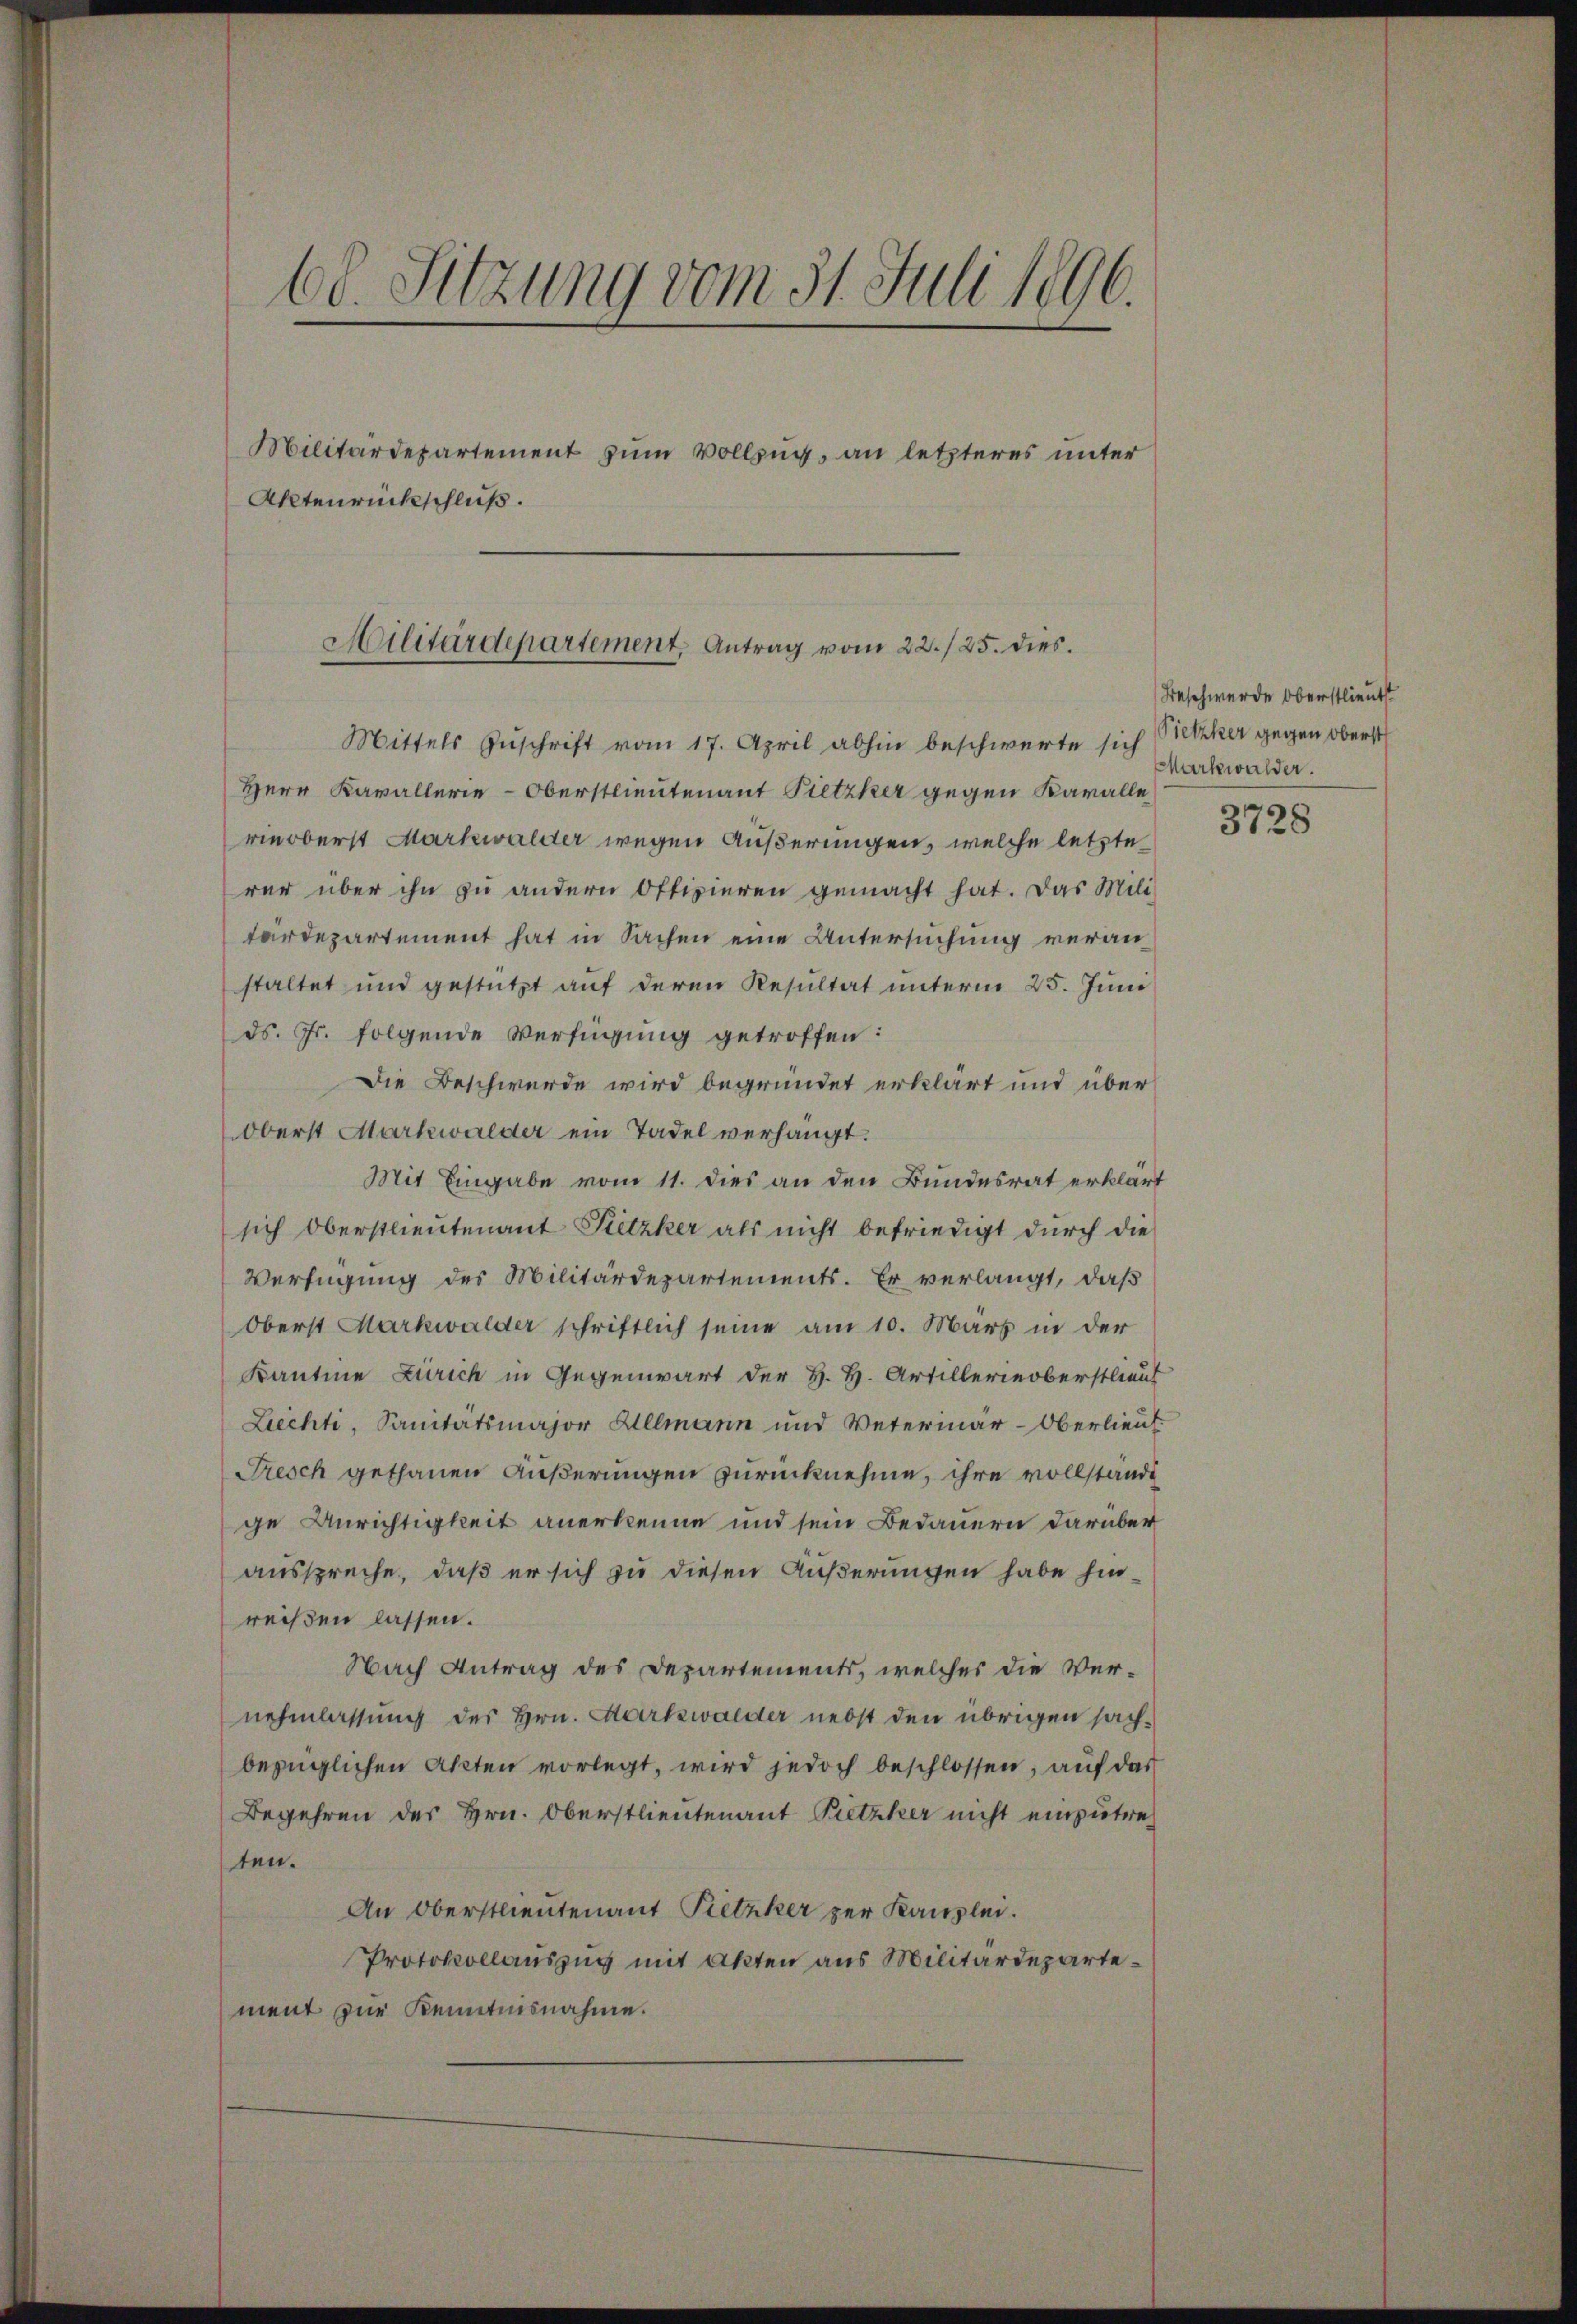
68. Sitzung vom 31. Juli 1896.
Militärdepartement zum Vollzug, an letzteres unter
Aktenrückschluß.

Militärdepartement, Antrag vom 22./25. dies
Mittels Zŭschrift vom 17. April abhin beschwerte sich

Herr Kavallerie-Oberstlieutenant Pietzker gegen Karalle
rieoberst Markwalder wegen Äußerungen, welche letzte
rer über ihn zu andern Ottipieren gemacht hat. Das Mili
tärdepartement hat in Sachen eine Untersuchung veranstaltet und gestützt auf deren Resultat unterm 25. Juni
ds. Fr. folgende Verfügung getroffen:
Die Beschwerde wird begründet erklärt und über
Oberst Markwalder ein Tadel verhängt.
Mit Eingabe vom 11. dies an den Bundesrat erklärt
sich Oberstlieutenant Petzker als nicht befriedigt durch die
Verfügung des Militärdepartements. Er verlangt, daß
Oberst Markwalder schriftlich seine am 10. März in der
Kantone Zürich in Gegenwart der H. H. Artillerinoberstlieut
Liechti, Sanitätsmajor Allmann und Veterinär-Oberlieut
Presch gethanen Äußerungen zurücknehme, ihre vollstände
ge Anrichtigkeit anerkenne und sein Bedauern darüber
ausspreche, daß er sich zu diesen Äußerungen habe hinreißen lassen.
Nach Antrag des Departements, welches die Ver-
nehmlassung des Hrn. Markwalder nebst den übrigen sachbezüglichen Akten vorlegt, wird jedoch beschlossen, aŭf das
Begehren des Hrn. Oberstlieutenant Putzker nicht einzutreten.
An Oberstlieutenant Pietzker zur Kanzlei.
Protokollauszug mit Akten aus Militärdepartement zur Kenntnisnahme.

Beschwerde Oberstlieut
Pietzker gegen Oberst
Markwalder.

3728